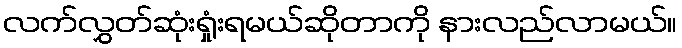
လက်လွှတ်ဆုံးရှုံးရမယ်ဆိုတာကို နားလည်လာမယ်။